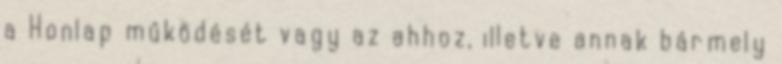
a Honlap működését vagy az ahhoz, illetve annak bármely